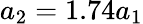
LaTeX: a_{2}=1.74a_{1}